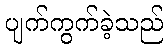
ပျက်ကွက်ခဲ့သည်